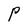
Character: P